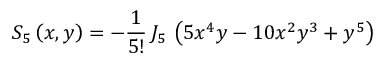
S _ { 5 } \left( x , y \right) = - \frac { 1 } { 5 ! } \, J _ { 5 } \, \left( 5 x ^ { 4 } y - 1 0 x ^ { 2 } y ^ { 3 } + y ^ { 5 } \right)